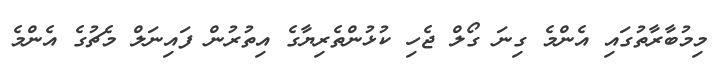
މިމުބާރާތުގައި އެންމެ ގިނަ ގޯލް ޖެހި ކުޅުންތެރިޔާގެ އިތުރުން ފައިނަލް މެޗުގެ އެންމެ